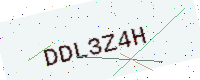
Text: DDL3Z4H